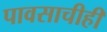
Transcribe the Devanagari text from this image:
पावसाचीही